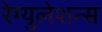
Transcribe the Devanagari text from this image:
रेग्युलेशन्स